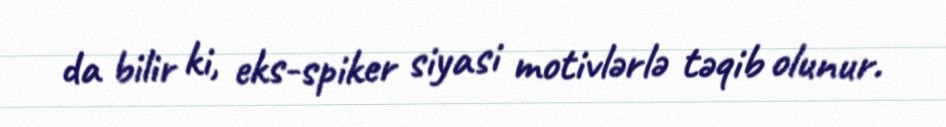
da bilir ki, eks-spiker siyasi motivlərlə təqib olunur.